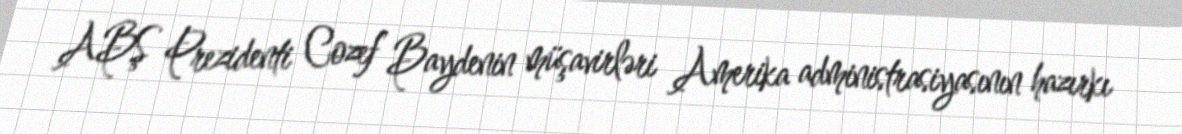
ABŞ Prezidenti Cozef Baydenin müşavirləri Amerika administrasiyasının hazırkı